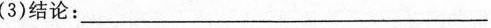
(3)结论：___。